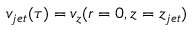
v _ { j e t } ( \tau ) = v _ { z } ( r = 0 , z = z _ { j e t } )